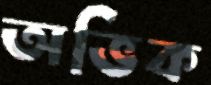
অভিক